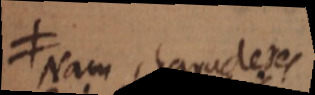
Nam characteres